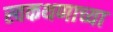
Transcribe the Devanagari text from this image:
स्वकथणाच्या